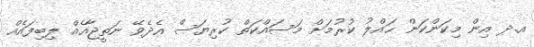
އ.ދ އިން މިކަންކަން ޙައްލު ކުރުމަށް މަސައްކަތް ކުރިޔަސް އެދެވޭ ނަތީޖާއެއް ލިބިފައެއް